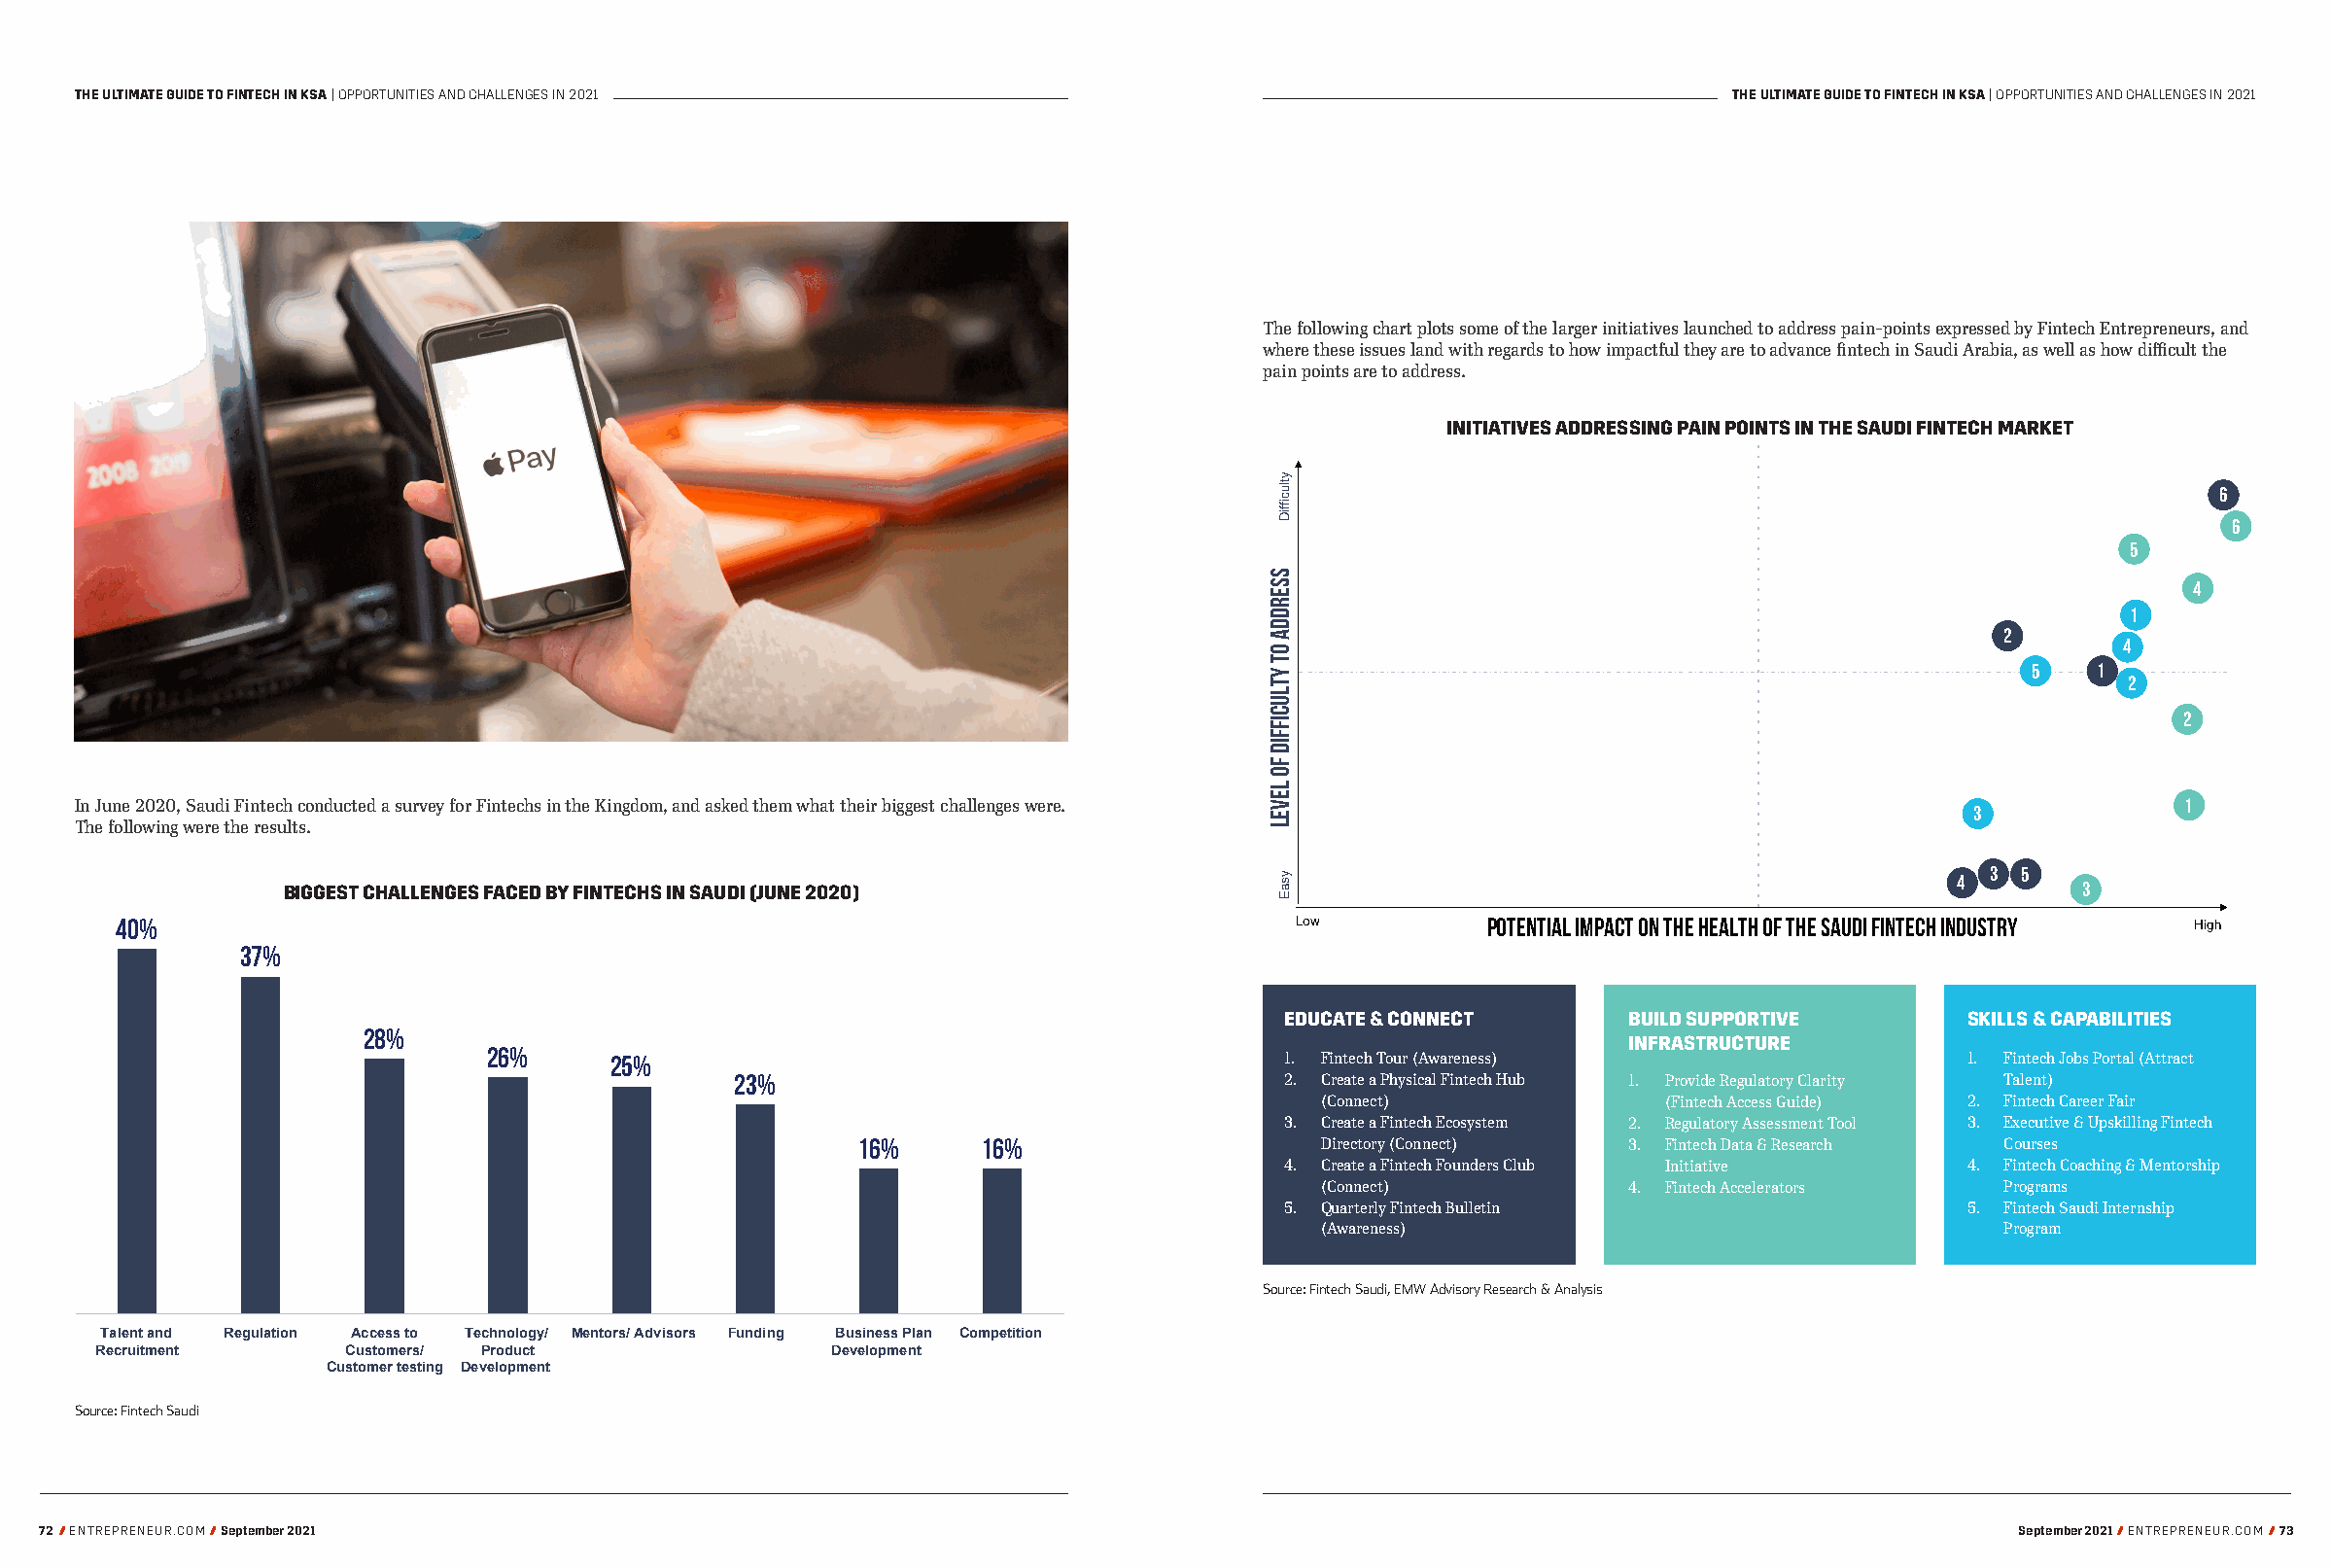
THE ULTIMATE GUIDE TO FINTECH IN KSA | OPPORTUNITIES AND CHALLENGES IN 2021                                      THE ULTIMATE GUIDE TO FINTECH IN KSA | OPPORTUNITIES AND CHALLENGES IN 2021
 The following chart plots some of the larger initiatives launched to address pain-points expressed by Fintech Entrepreneurs, and
 where these issues land with regards to how impactful they are to advance fintech in Saudi Arabia, as well as how difficult the
 pain points are to address.
 INITIATIVES ADDRESSING PAIN POINTS IN THE SAUDI FINTECH MARKET
 6
 6
 5
 4
 1
 2
 4
 5    1
 2
 2
 In June 2020, Saudi Fintech conducted a survey for Fintechs in the Kingdom, and asked them what their biggest challenges were.   3              1
 The following were the results.
 3  5 4
 BIGGEST CHALLENGES FACED BY FINTECHS IN SAUDI (JUNE 2020)                                                                  3
 40%                                                                             Low          POTENTIAL IMPACT ON THE HEALTH OF THE SAUDI FINTECH INDUSTRY High
 37%
 EDUCATE & CONNECT       BUILD SUPPORTIVE       SKILLS & CAPABILITIES
 28%
 INFRASTRUCTURE
 26%
 25%                                          1. Fintech Tour (Awareness)                    1. Fintech Jobs Portal (Attract
 23%                                  2. Create a Physical Fintech Hub 1. Provide Regulatory Clarity Talent)
 (Connect)              (Fintech Access Guide) 2. Fintech Career Fair
 3. Create a Fintech Ecosystem 2. Regulatory Assessment Tool 3. Executive & Upskilling Fintech
 16%      16%                    Directory (Connect)  3. Fintech Data & Research Courses
 4. Create a Fintech Founders Club Initiative   4. Fintech Coaching & Mentorship
 (Connect)            4. Fintech Accelerators  Programs
 5. Quarterly Fintech Bulletin                  5. Fintech Saudi Internship
 (Awareness)                                   Program
 Source: Fintech Saudi, EMW Advisory Research & Analysis
 Talent and Regulation Access to Technology/ Mentors/ Advisors Funding Business Plan Competition
 Recruitment       Customers/ Product               Development
 Customer testing Development
 Source: Fintech Saudi
 72/ ENTREPRENEUR.COM / September 2021                                                                                                 September 2021 / ENTREPRENEUR.COM / 73
 SSERDDA
 OT
 YTLUCIFFID
 FO
 LEVEL
 ytluciffiD
 ysaE